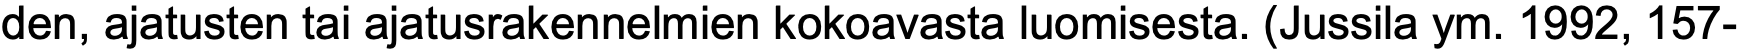
den, ajatusten tai ajatusrakennelmien kokoavasta luomisesta. (Jussila ym. 1992, 157-